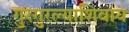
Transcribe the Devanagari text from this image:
गुरगुरल्याशिवाय